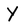
Character: Y